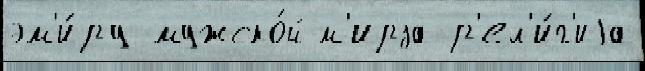
эм'и́ру мужско́й м'ирза р'ел'и́г'иjа